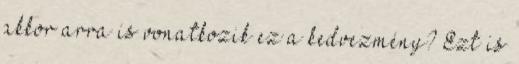
akkor arra is vonatkozik ez a kedvezmény? Ezt is